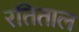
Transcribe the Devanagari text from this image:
रतिताल